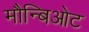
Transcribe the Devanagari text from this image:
मौन्बिओट